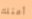
أمتلك